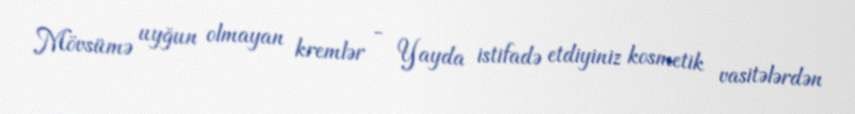
Mövsümə uyğun olmayan kremlər - Yayda istifadə etdiyiniz kosmetik vasitələrdən